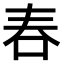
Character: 𠰫